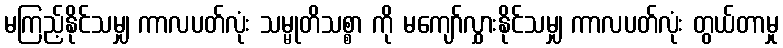
မကြည့်နိုင်သမျှ ကာလပတ်လုံး သမ္မုတိသစ္စာ ကို မကျော်လွှားနိုင်သမျှ ကာလပတ်လုံး တွယ်တာမှု